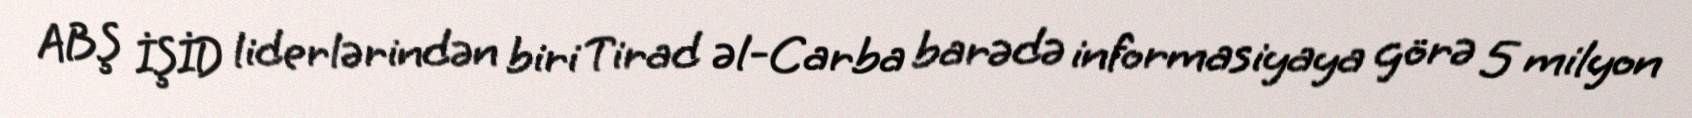
ABŞ İŞİD liderlərindən biri Tirad əl-Carba barədə informasiyaya görə 5 milyon